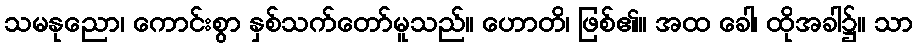
သမနုညော၊ ကောင်းစွာ နှစ်သက်တော်မူသည်။ ဟောတိ၊ ဖြစ်၏။ အထ ခေါ၊ ထိုအခါ၌။ သာ